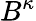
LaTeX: B^{\kappa}